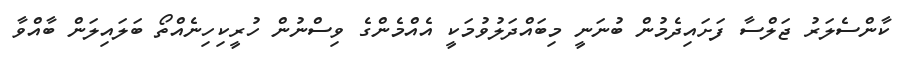
ކާންސެލަރު ޖަލްސާ ފަށައިދެމުން ބުނަނީ މިބައްދަލުވުމަކީ އެއްމެންގެ ވިސްނުން ހުރީކިހިނެއްތޯ ބަލައިލަން ބާއްވާ